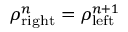
\rho _ { \mathrm { r i g h t } } ^ { n } = \rho _ { \mathrm { l e f t } } ^ { n + 1 }